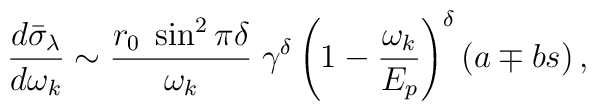
{d\bar{\sigma}_{\lambda}\over d\omega_k}\sim {r_0\;\sin^2\pi\delta \over\omega_k}\;\gamma^{\delta}\left(1-{\omega_k\over E_p}\right)^{\delta} (a\mp bs) \,,